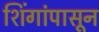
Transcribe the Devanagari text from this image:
शिंगांपासून